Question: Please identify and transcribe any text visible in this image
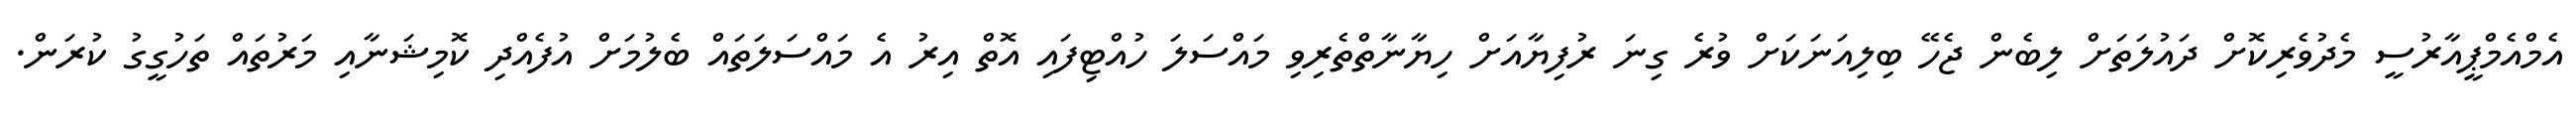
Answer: އެމްއެމްޕީއާރުސީ މެދުވެރިކޮށް ދައުލަތަށް ލިބެން ޖެހޭ ބިލިއަނަކަށް ވުރެ ގިނަ ރުފިޔާއަށް ހިޔާނާތްތެރިވި މައްސަލަ ހުއްޓިފައި އޮތް އިރު އެ މައްސަލަތައް ބެލުމަށް އުފެއްދި ކޮމިޝަނާއި މަރުތައް ތަހުގީގު ކުރަން.